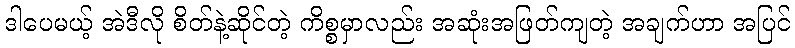
ဒါပေမယ့် အဲဒီလို စိတ်နဲ့ဆိုင်တဲ့ ကိစ္စမှာလည်း အဆုံးအဖြတ်ကျတဲ့ အချက်ဟာ အပြင်